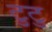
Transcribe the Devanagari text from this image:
टुटु